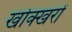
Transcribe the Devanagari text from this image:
खोक्खरों